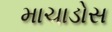
માચાડોસ